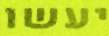
יעשו